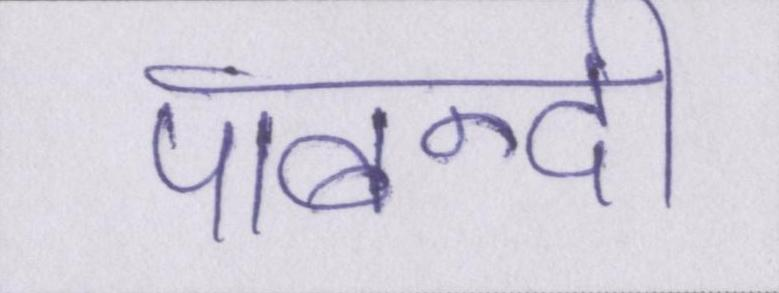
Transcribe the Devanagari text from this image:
पाबन्दी